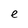
Character: e